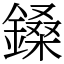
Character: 鎟